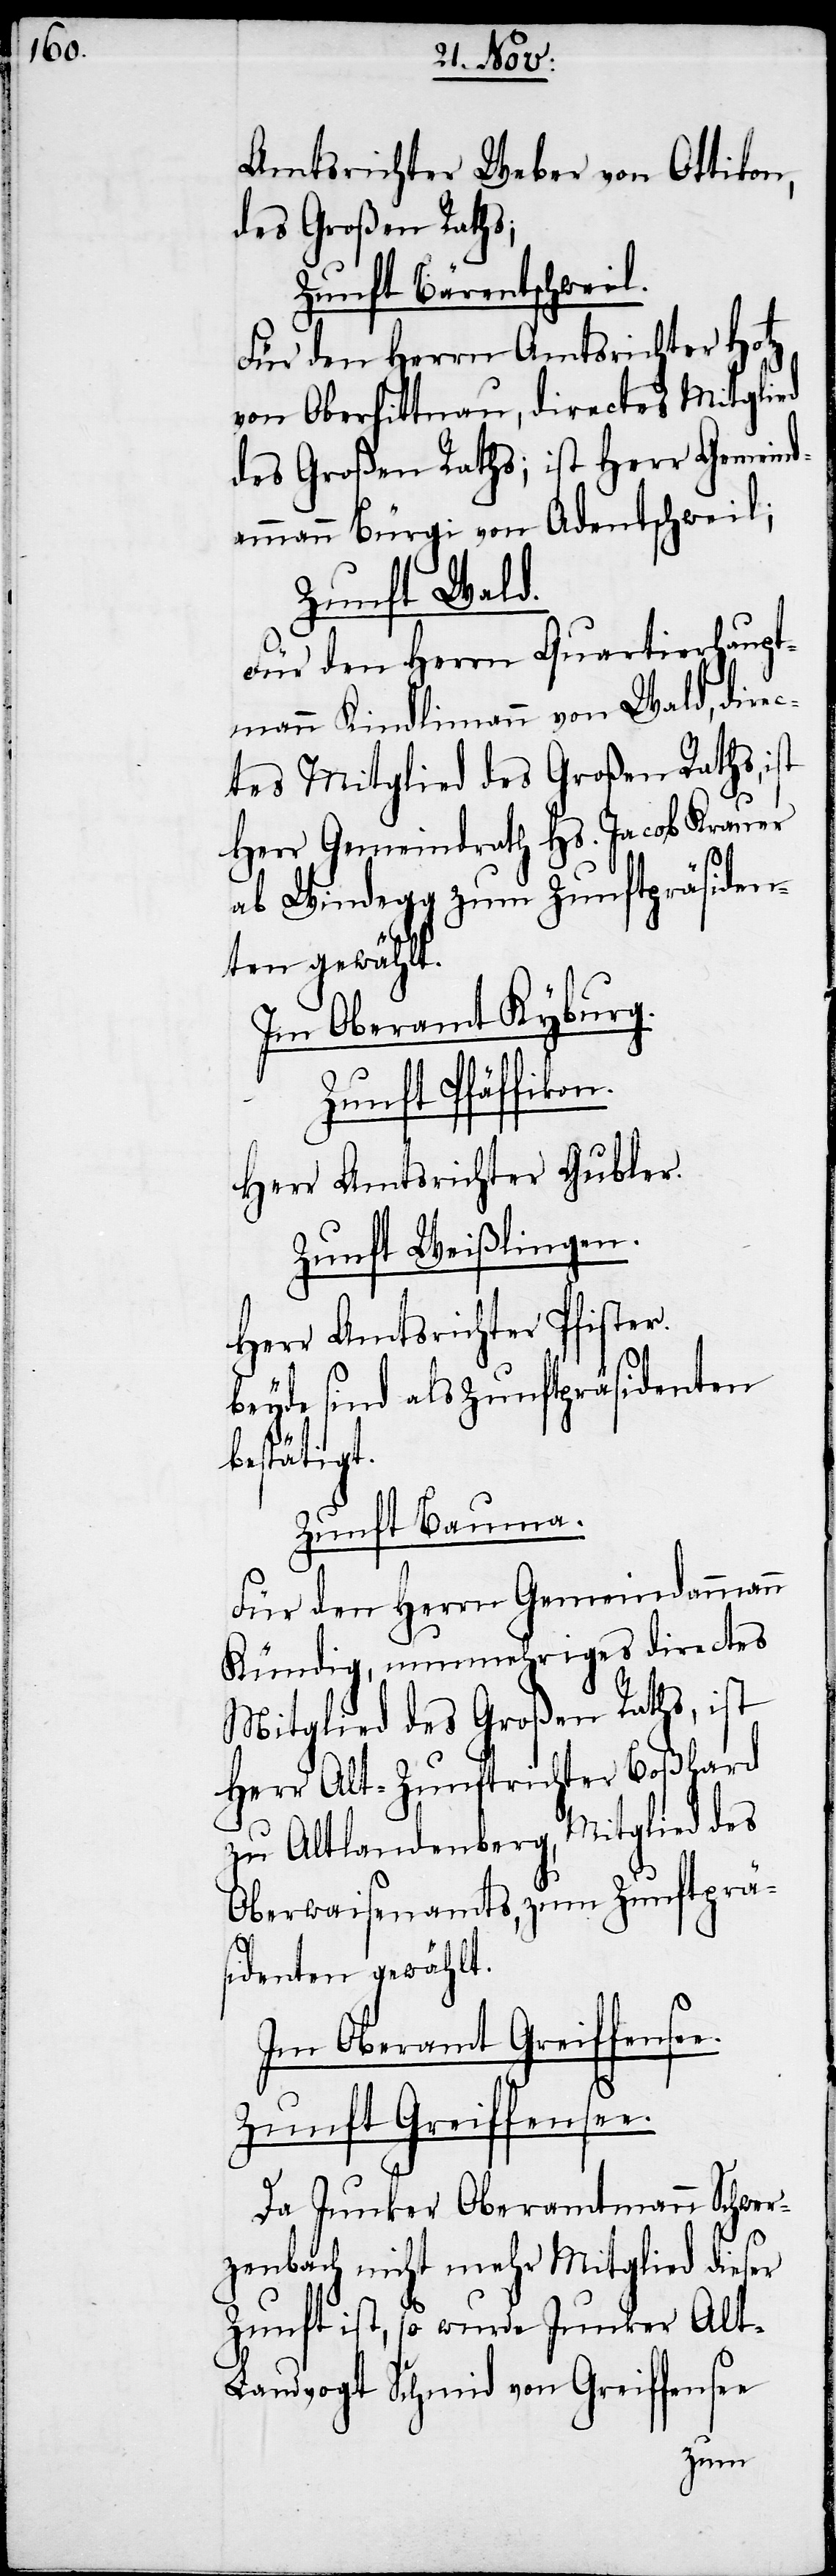
Amtsrichter Weber von Ottikon,
des Großen Raths;
Zunft Bärentschweil.
Für den Herrn Amtsrichter Hotz
von Oberhittnau, directes Mitglied
des Großen Raths; ist Herr Gemeind¬
ammann Bürgi von Adentschweil;
Zunft Wald.
Für den Herrn Quartierhaupt¬
mann Kindlimann von Wald, dire¬
ctes Mitglied des Großen Raths, ist
Herr Gemeindrath Hs. Jacob Krauer
ab Windegg zum Zunftpräsiden¬
ten gewählt.
Im Oberamt Kyburg.
Zunft Pfäffikon.
Herr Amtsrichter Gubler.
Zunft Weißlingen.
Herr Amtsrichter Pfister.
beyde sind als Zunftpräsidenten
bestätigt.
Zunft Bauma.
Für den Herrn Gemeindammann
Kündig, nunmehriges directes
Mitglied des Großen Raths, ist
Herr Alt-Zunftrichter Boßhard
zu Altlandenberg, Mitglied des
Oberwaisenamts, zum Zunftprä¬
e.
sidenten gewählt.
Im Oberamt Greiffense¬
Zunft Greiffensee.
Da Junker Oberamtmann Schwer¬
zenbach nicht mehr Mitglied dieser
Zunft ist, so wurde Junker Alt-L¬
andvogt Schmid von Greiffensee